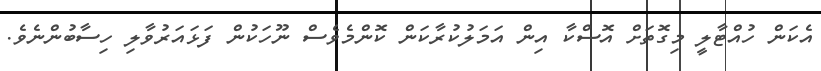
އެކަން ހުއްޓާލީ މިގޮތަށް އޮސްކާ އިން އަމަލުކުރާކަން ކޮންމެވެސް ނޫހަކުން ފަޅައަރުވާލި ހިސާބުންނެވެ.